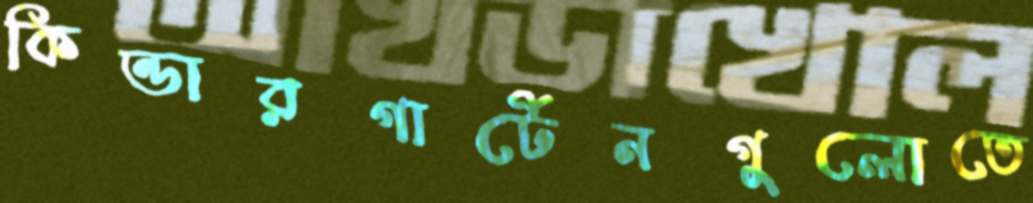
কিন্ডারগার্টেনগুলোতে